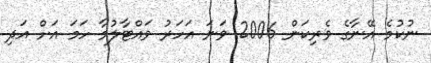
ނުކުމެ އޭނާގެ ވެރިކަން 2006 ވަނަ އަހަރު ވައްޓާލުމާ ހަމަ އަށް އަދި